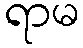
ရာမ